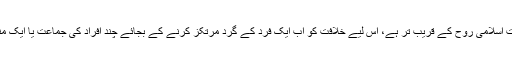
اقبال کے نزدیک جمہوری طرز حکومت اسلامی روح کے قریب تر ہے، اس لیے خلافت کو اب ایک فرد کے گرد مرتکز کرنے کے بجائے چند افراد کی جماعت یا ایک منتخب اسمبلی کے سپرد کیا جا سکتا ہے۔